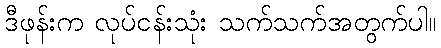
ဒီဖုန်းက လုပ်ငန်းသုံး သက်သက်အတွက်ပါ။